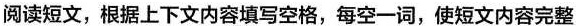
阅读短文,根据上下文内容填写空格,每空一词,使短文内容完整